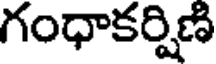
గంధాకర్షిణి